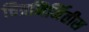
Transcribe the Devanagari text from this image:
चित्रनिर्मितीस